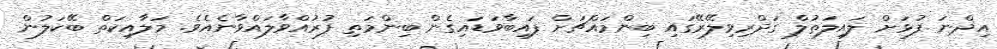
އިޛްނަ ފުޅަށް ލައިލަތުލް ގަދްރިވިލޭރޭގައި ބިންމައްޗަށް ފައިބާވަޑައިގެން ބިންމަތި ފުރުއްވާލައްވާނެއެވެ. މަލާއިކަތް ބޭކަލުން